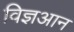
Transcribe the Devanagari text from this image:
विज्ञआन